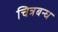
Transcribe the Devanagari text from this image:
चित्रबन्ध